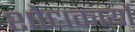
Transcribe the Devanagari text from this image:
शोधकार्यो